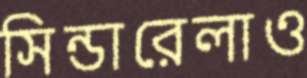
সিন্ডারেলাও